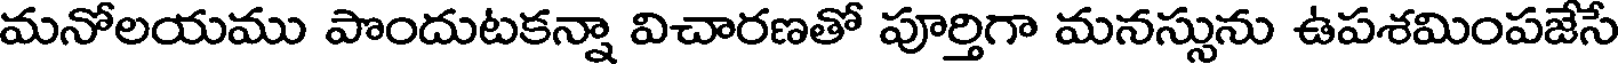
మనోలయము పొందుటకన్నా విచారణతో పూర్తిగా మనస్సును ఉపశమింపజేసే